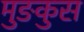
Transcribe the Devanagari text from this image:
मुङकुस